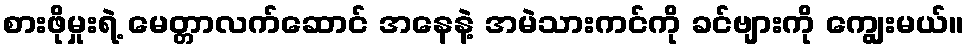
စားဖိုမှုးရဲ့ မေတ္တာလက်ဆောင် အနေနဲ့ အမဲသားကင်ကို ခင်ဗျားကို ကျွေးမယ်။